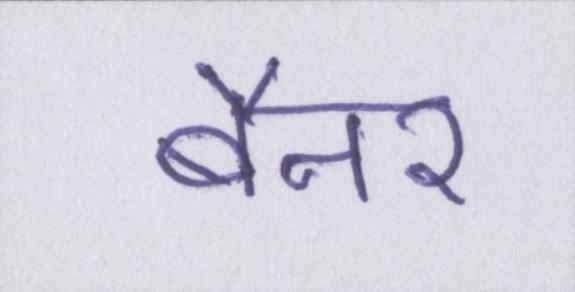
बैनर